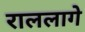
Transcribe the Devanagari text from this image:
राललागे